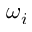
\omega _ { i }